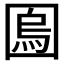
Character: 𡈎